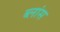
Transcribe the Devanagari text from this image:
ब्लांस